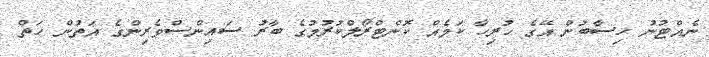
ނެއްޓުނު ހިސާބުން އޭގެ ހުރިހާ ކަމެއް ކޮންޓްރޯލްކުރުމުގެ ބާރު ސައިންސްވެރިންގެ އަތުން ހަތް